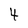
Character: 4